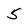
Character: 5